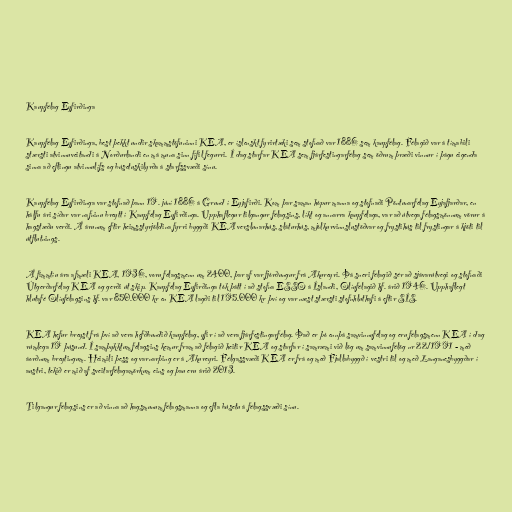
Kaupfélag Eyfirðinga

Kaupfélag Eyfirðinga, best þekkt undir skammstöfuninni KEA, er íslenskt fyrirtæki sem stofnað var 1886 sem kaupfélag. Félagið var á tímabili
stærsti atvinnuveitandi á Norðurlandi en má muna sinn fífil fegurri. Í dag starfar KEA sem fjárfestingarfélag sem öðrum þræði vinnur í þágu eigenda
sinna að eflingu atvinnulífs og búsetuskilyrða á starfssvæði sínu.

Kaupfélag Eyfirðinga var stofnað þann 19. júní 1886 á Grund í Eyjafirði. Kom þar saman hópur manna og stofnaði Pöntunarfélag Eyjafjarðar, en
hálfu ári síðar var nafninu breytt í Kaupfélag Eyfirðinga. Upphaflegur tilgangur félagsins, líkt og annarra kaupfélaga, var að útvega félagsmönnum vörur á
hagstæðu verði. Á árunum eftir heimsstyrjöldina fyrri byggði KEA verslunarhús, sláturhús, mjólkurvinnslustöðvar og frystihús til frystingar á kjöti til
útflutnings.

Á fimmtíu ára afmæli KEA, 1936, voru félagsmenn um 2400, þar af var fjórðungur frá Akureyri. Þá sneri félagið sér að sjávarútvegi og stofnaði
Útgerðarfélag KEA og gerði út skip. Kaupfélag Eyfirðinga tók þátt í að stofna ESSO á Íslandi, Olíufélagið hf. árið 1946. Upphaflegt
hlutafé Olíufélagsins hf. var 850.000 kr en KEA lagði til 195.000 kr því og var næst stærsti stofnhluthafi á eftir SÍS.

KEA hefur breyst frá því að vera hefðbundið kaupfélag, yfir í að vera fjárfestingarfélag. Það er þó ennþá samvinnufélag og eru félagsmenn KEA í dag
rúmlega 19 þúsund. Í samþykktum félagsins kemur fram að félagið heitir KEA og starfar í samræmi við lög um samvinnufélög nr 22/1991 - með
áorðnum breytingum. Heimili þess og varnarþing er á Akureyri. Félgassvæði KEA er frá og með Fjallabyggð í vestri til og með Langanesbyggðar í
austri, tekið er mið af sveitarfélagamörkum eins og þau eru árið 2013.

Tilgangur félagsins er að vinna að hagsmunum félagsmanna og efla búsetu á félagssvæði sínu.